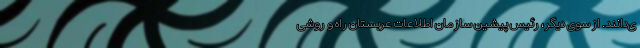
ی‌دانند. از سوی دیگر، رئیس پیشین سازمان اطلاعات عربستان راه و روشی